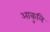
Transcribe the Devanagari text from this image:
आकुलि